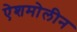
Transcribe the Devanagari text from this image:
ऐशमोलीन